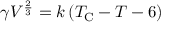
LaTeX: \gamma V ^ { \frac { 2 } { 3 } } = k \left( T _ { \mathrm { C } } - T - 6 \right)